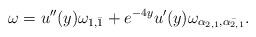
LaTeX: \begin{align*}\omega= u''(y)\omega_{1,\bar{1}} + e^{-4y}u'(y)\omega_{\alpha_{2,1},\bar{\alpha_{2,1}}}. \end{align*}